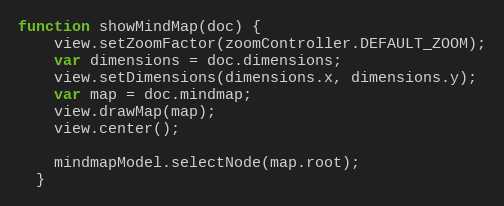
Language: JavaScript
function showMindMap(doc) {
    view.setZoomFactor(zoomController.DEFAULT_ZOOM);
    var dimensions = doc.dimensions;
    view.setDimensions(dimensions.x, dimensions.y);
    var map = doc.mindmap;
    view.drawMap(map);
    view.center();

    mindmapModel.selectNode(map.root);
  }